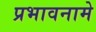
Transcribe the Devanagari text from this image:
प्रभावनामे